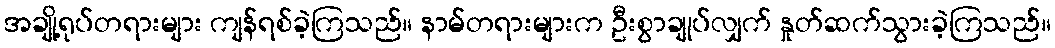
အချို့ရုပ်တရားများ ကျန်ရစ်ခဲ့ကြသည်။ နာမ်တရားများက ဦးစွာချုပ်လျှက် နှုတ်ဆက်သွားခဲ့ကြသည်။